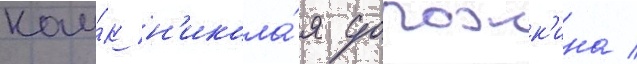
нау́к н'икола́я дорожк'ина /